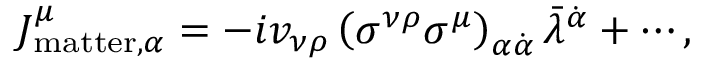
J _ { \mathrm { m a t t e r } , \alpha } ^ { \mu } = - i v _ { \nu \rho } \left( \sigma ^ { \nu \rho } \sigma ^ { \mu } \right) _ { \alpha \dot { \alpha } } \bar { \lambda } ^ { \dot { \alpha } } + \cdots ,